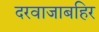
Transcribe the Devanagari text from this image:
दरवाजाबहिर